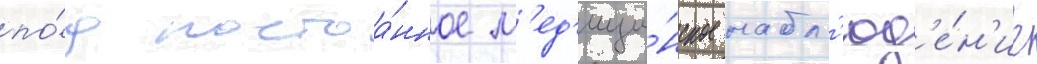
по́д постоа́нное м'ед'ици́нское набл'юд'е́н'ие